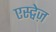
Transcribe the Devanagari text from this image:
एस्ट्वेज़